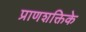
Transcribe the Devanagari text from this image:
प्राणशक्तिके